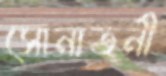
সোনাতনী